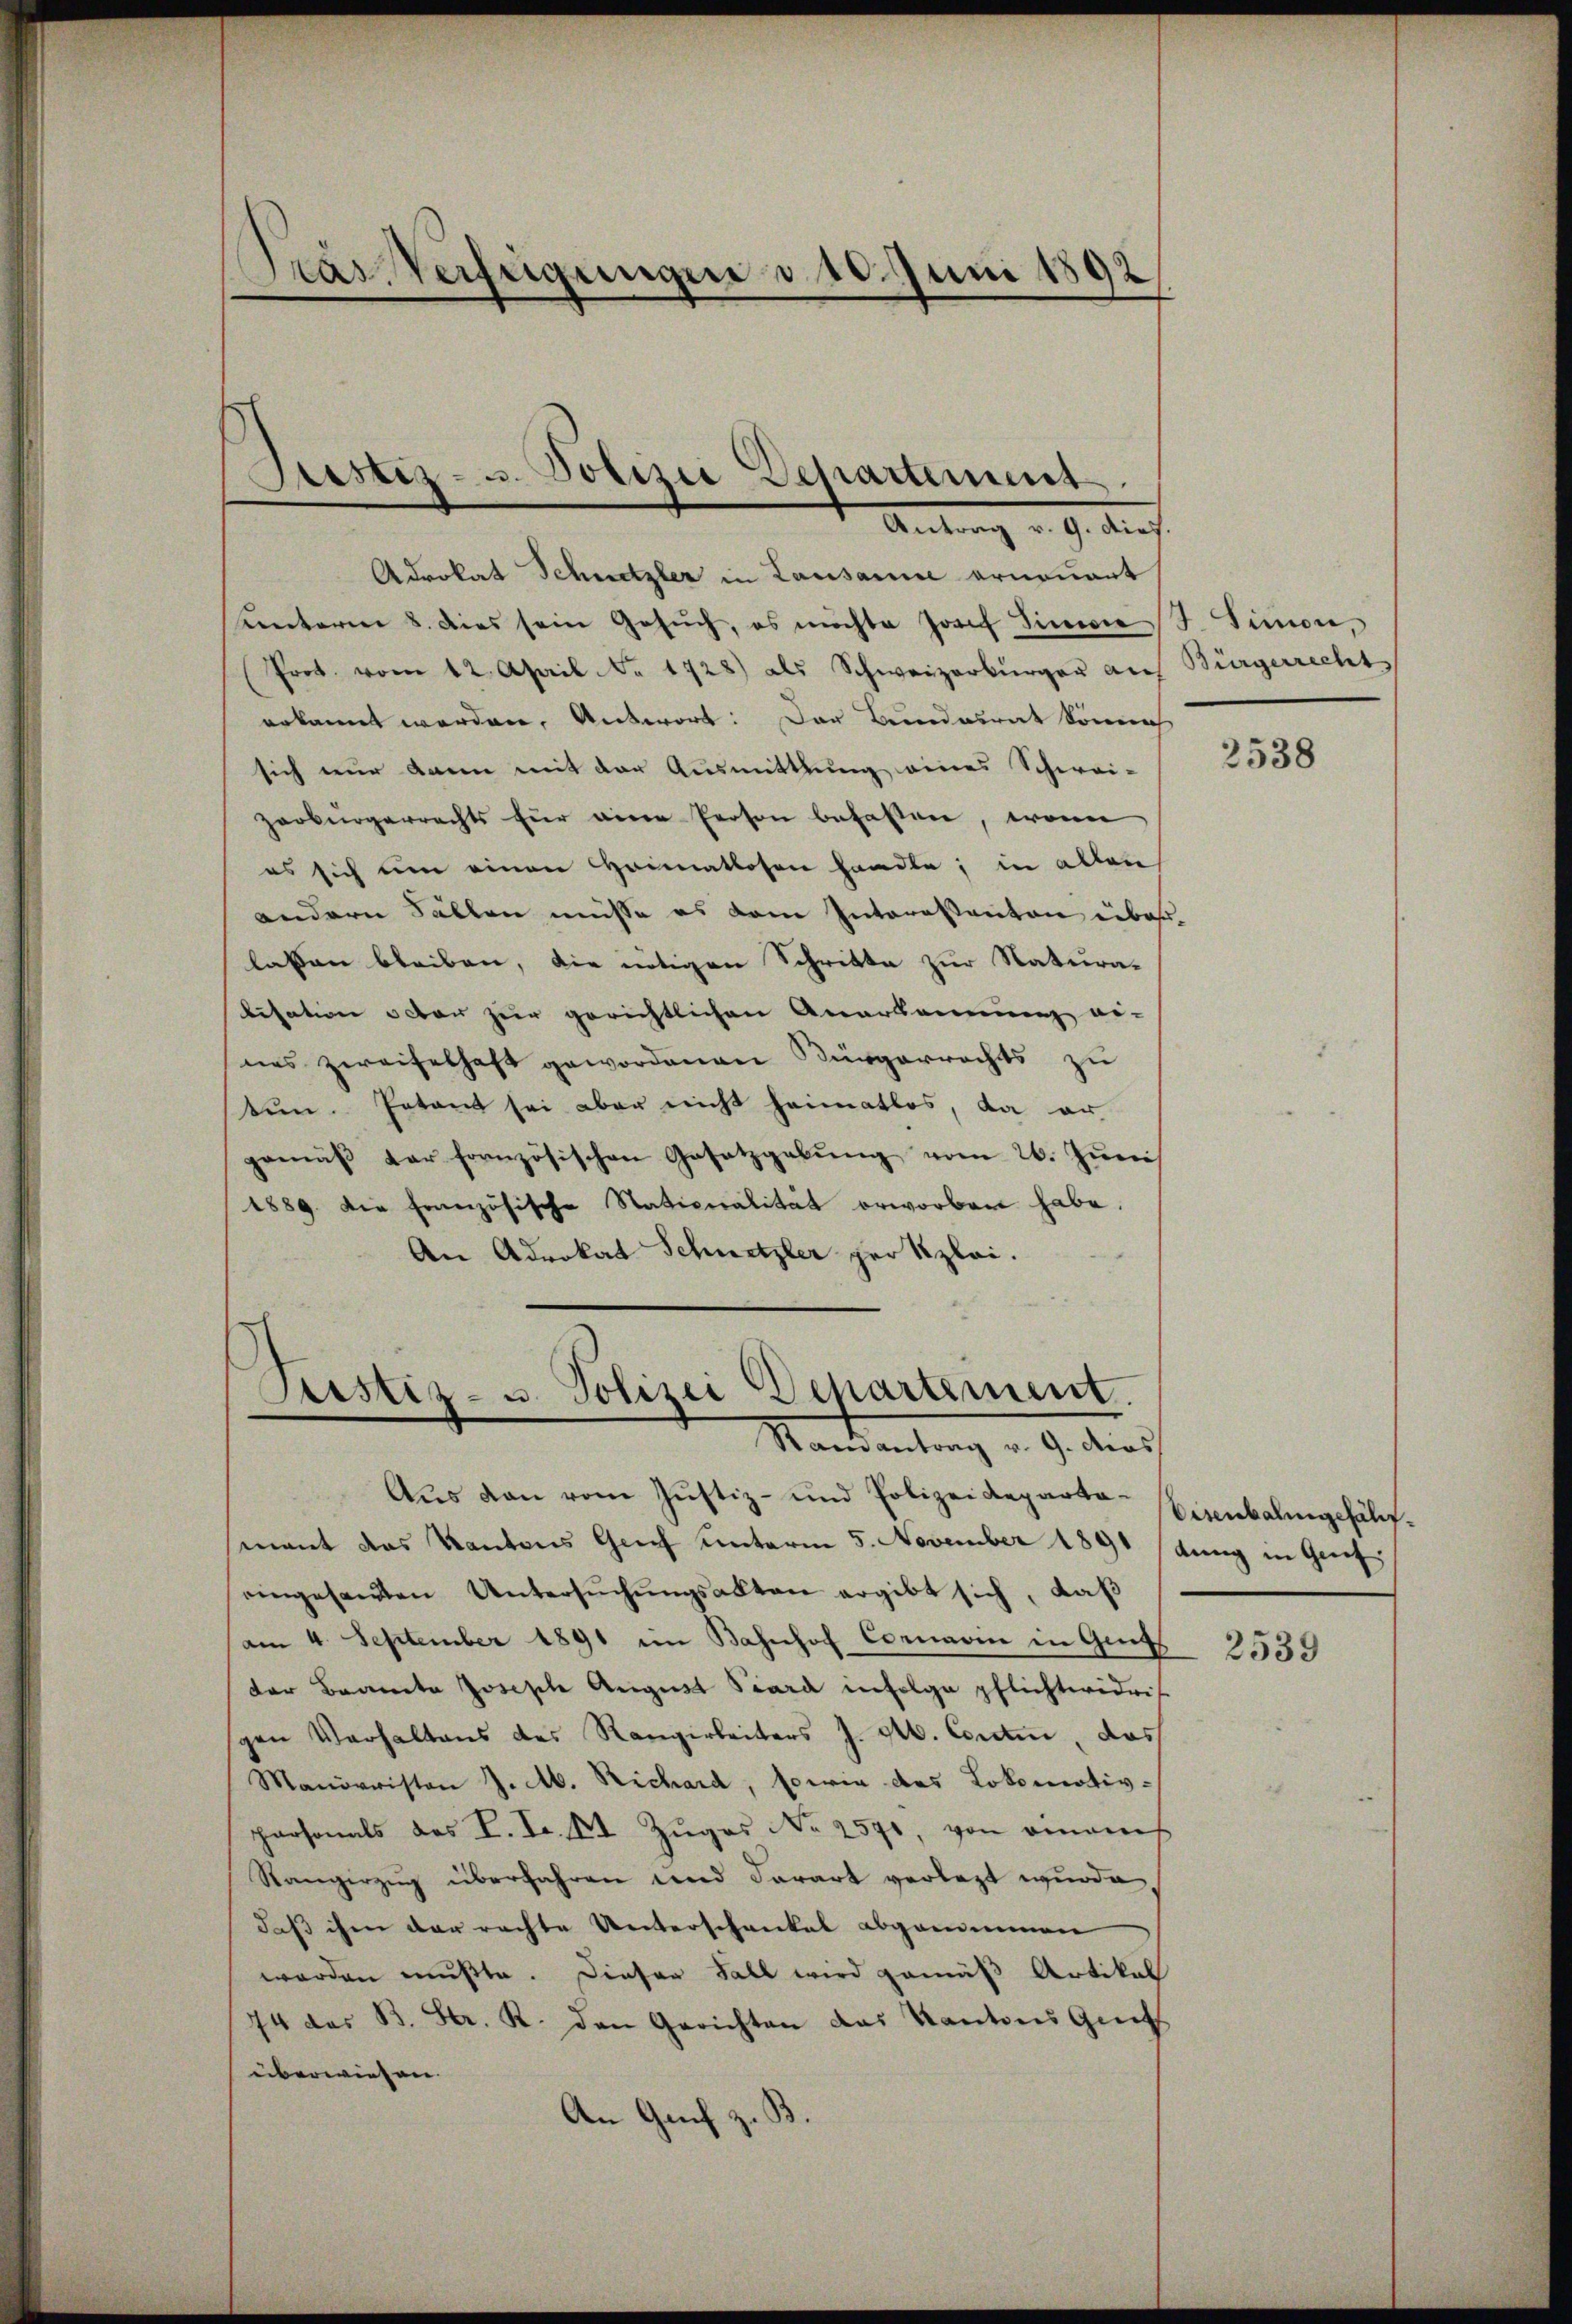
Kras Verfügungen d. 10. Juni 1892

Justiz- u. Polizei Departement
Antrag v. 9. Auf

Advokat Schnetzler in Lausanne erneuert
Lnterm 8. dies sein Gesuch, es möchte Josef Sinwie
Prot. vom 12. April Nr. 1728) als Schweizerbürger auf Bürgerrecht
erkannt werden, Antwort: Der Bundesrat könne
sich nur dann mit der Ausmittlung eines Schwei-
zerbürgerrechts für eine Person befassen, wenn
es sich um einen Heimatlosen handle, in allen
andern Fällen müsse es dem Interessanton über
lassen bleiben, die nötigen Schritte zur Natura-
lisation octor zur gerichtlichen Anerkennung ei-
nes zweifelhaft gewordenen Bürgerrechts zu
tun. Entant sei aber nicht heimatlos, da er
gemäβ der fornzösischen Gesetzgabŭng vom 26. Jŭni
1889. Die französische Nativeralität erworben habe.
An Advokat Schnetzler per Szlei.
Mandantung v. 9. der
Aŭs den vom Justiz- und Polizeideparto-Eisenbalingehälfmant das Kantons Glich unterm 5. November 1891 dung in Grif
eingesandten Untersŭchŭngsakten ergibt sich, daß
am 4. September 1891 im Bahnhof Connoin in Get
der Brante Joseph August Sara infolge pflichtwidris
gen Verhaltens des Rangerbeiters J. A. Contin, das
Manorristen J. M. Richard, sowie des Lokomotiv-
personals das L. Fr. 8t Zŭgos No 2570, von einamt
Rangirzug überfahren und darart verlegt wurde
daß ihm der rechte Unterschenkel abgenommen
worden mußte. Dieser Fall wird gemäß Artikal
74 des B. Str. K. den Gerichten das Kantons Genf
überwiesen.
An Grif z.

Peistiz- u. Polizei Departement.

J. Simon,

2538

2539